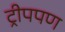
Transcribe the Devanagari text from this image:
ट्रीपपण